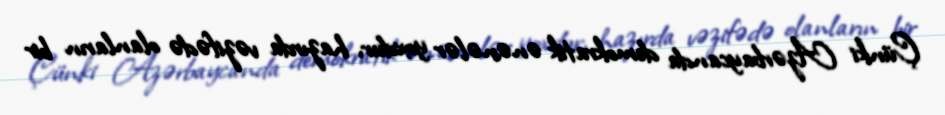
Çünki Azərbaycanda demokratik ənənələr yoxdur, hazırda vəzifədə olanların bir